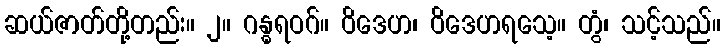
ဆယ်ဇာတ်တို့တည်း။ ၂။ ဂန္ဓရဝဂ်။ ဝိဒေဟ၊ ဝိဒေဟရသေ့။ တွံ၊ သင့်သည်။